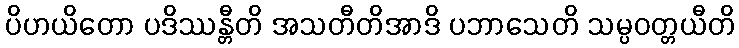
ပိဟယိတော ပဒိဿန္တီတိ အသတီတိအာဒိ ပဘာသေတိ သမ္ပဝတ္တယီတိ